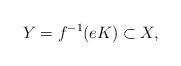
LaTeX: \begin{align*}Y=f^{-1}(eK) \subset X,\end{align*}